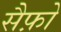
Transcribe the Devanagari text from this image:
सैफ़ो